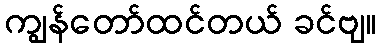
ကျွန်တော်ထင်တယ် ခင်ဗျ။